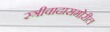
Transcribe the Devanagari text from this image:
स्त्रीवादासमोरील